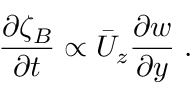
\frac { \partial \zeta _ { B } } { \partial t } \propto \Bar { U } _ { z } \frac { \partial w } { \partial y } \; .